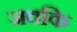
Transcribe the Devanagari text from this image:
जवकि